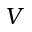
V